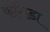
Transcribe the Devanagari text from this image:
काँगडा